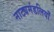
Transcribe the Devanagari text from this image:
नाट्यमंडलियाँ